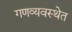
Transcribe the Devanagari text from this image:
गणव्यवस्थेत